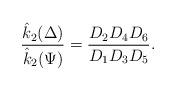
LaTeX: \begin{align*}\dfrac{\hat{k}_2{(\Delta)}}{\hat{k}_2(\Psi)}= \dfrac{D_{2}D_{4}D_{6}}{D_{1}D_{3}D_{5}}.\end{align*}